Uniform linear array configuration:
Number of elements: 16
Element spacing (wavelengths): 0.25
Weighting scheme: hamming
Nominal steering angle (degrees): -60
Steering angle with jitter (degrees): -58.269
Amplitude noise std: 0.05
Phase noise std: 0.05

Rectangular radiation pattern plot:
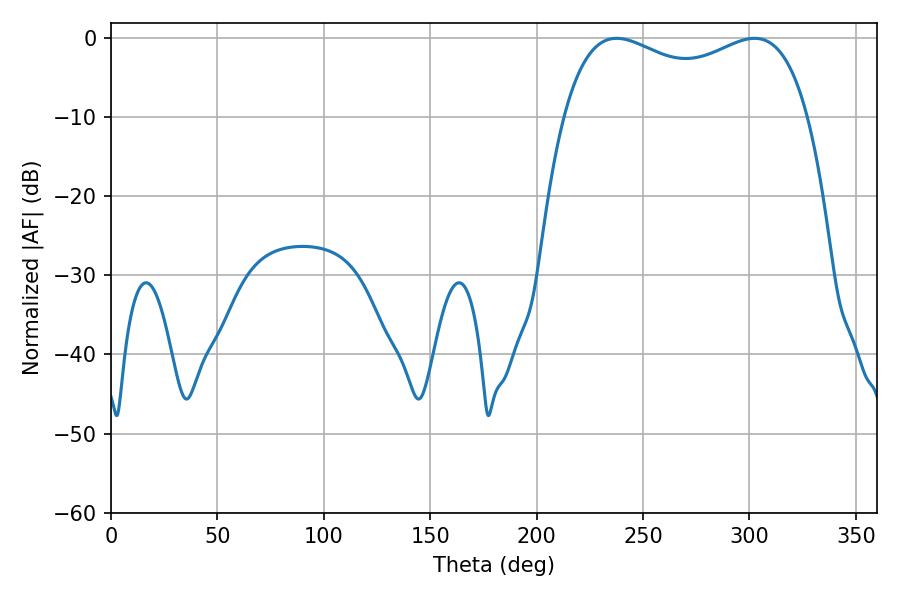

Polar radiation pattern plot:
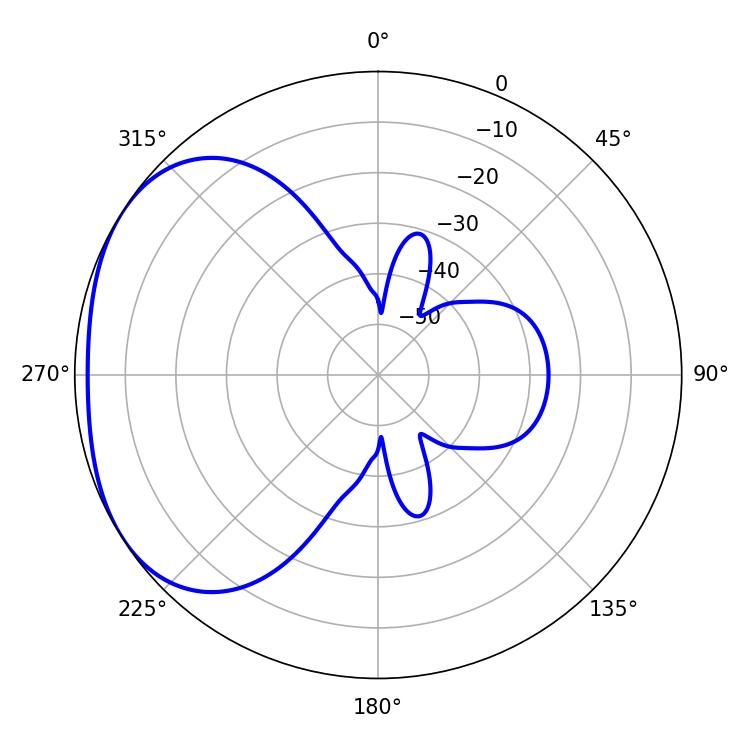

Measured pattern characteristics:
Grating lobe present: FALSE
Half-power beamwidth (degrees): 95.04
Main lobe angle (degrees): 237.6